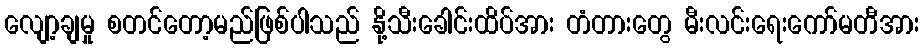
လျော့ချမှု စတင်တော့မည်ဖြစ်ပါသည် နို့သီးခေါင်းထိပ်အား တံတားတွေ မီးလင်းရေးကော်မတီအား